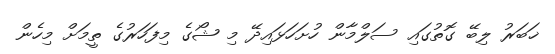
ޚަބަރު ލިބޭ ގޮތުގައި ސަލްމާން ހުށަހަޅައިދޭ މި ޝޯގެ މިފަހަރުގެ ތީމަށް މިހެން